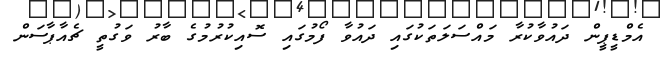
އެމްޑީޕީން ދައުވާކުރާ މައްސަލަތަކުގައި ދައުވާ ފޯމުގައި ސޮއިކުރުމުގެ ބާރު ވަގުތީ ޗެއާޕާސަން